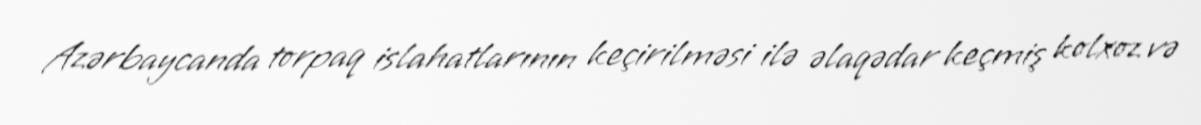
Azərbaycanda torpaq islahatlarının keçirilməsi ilə əlaqədar keçmiş kolxoz və